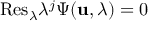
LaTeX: \mathrm { R e s } _ { \lambda } \lambda ^ { j } \Psi ( { \bf u } , \lambda ) = 0